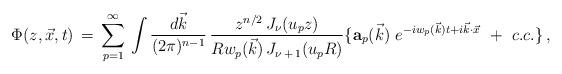
LaTeX: \begin{align*}\Phi(z,\vec x,t)\,=\,\sum_{p=1}^\infty \,\int { d \vec k \over (2\pi)^{n-1}}\,{z^{n/2} \,J_\nu (u_p z ) \over R w_p(\vec k ) \,J_{\nu\,+\,1} (u_p R ) }\lbrace { {\bf a}_p(\vec k )\ } e^{-iw_p(\vec k ) t +i\vec k \cdot \vec x}\,\,+\,\,c.c.\rbrace\,,\end{align*}